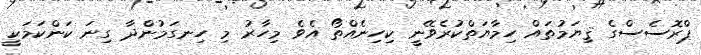
ޕްރޮސެސްގެ ޤިޔަމުތަައް ހިމާޔަތްކުރެވޭނީ ކިހިނެއްތޯ އެވެ މިހާރު މި ހިނގަމުންދާ ގިނަ ކަންކަމަކީ